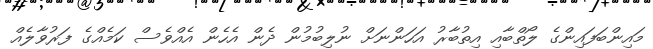
މައިންބަފައިންގެ ލޯތްބާއި އިތުބާރު އަހަންނަށް ނުލިބުމުން ދެން އެހެން އެއްވެސް ކަމެއްގެ ފަރުވާލެއް